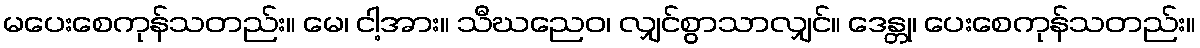
မပေးစေကုန်သတည်း။ မေ၊ ငါ့အား။ သီဃညေဝ၊ လျှင်စွာသာလျှင်။ ဒေန္တု၊ ပေးစေကုန်သတည်း။